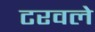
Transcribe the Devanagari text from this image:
टरवले